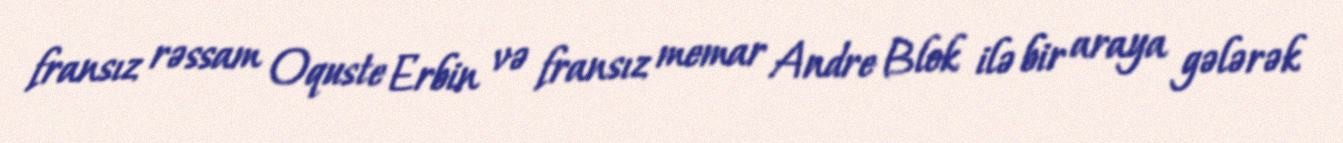
fransız rəssam Oquste Erbin və fransız memar Andre Blok ilə bir araya gələrək